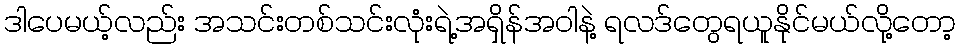
ဒါပေမယ့်လည်း အသင်းတစ်သင်းလုံးရဲ့အရှိန်အဝါနဲ့ ရလဒ်တွေရယူနိုင်မယ်လို့တော့